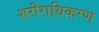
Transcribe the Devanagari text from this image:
शरीराधिकरण